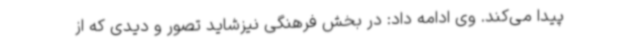
پیدا می‌کند. وی ادامه داد: در بخش فرهنگی نیزشاید تصور و دیدی که از